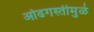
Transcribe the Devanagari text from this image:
ओढगस्तीमुळे